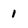
Character: 1